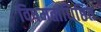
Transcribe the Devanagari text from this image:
विषमताधिष्ठित